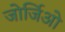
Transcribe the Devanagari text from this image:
जोर्जिओ